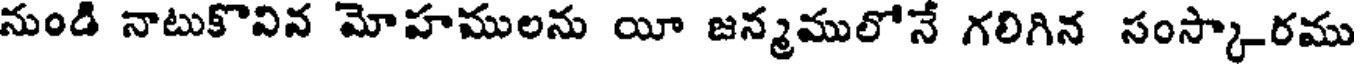
నుండి నాటుకొవిన మోహములను యీ జన్మములోనే గలిగిన సంస్కారము